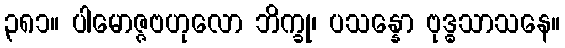
၃၈၁။ ပါမောဇ္ဇဗဟုလော ဘိက္ခု၊ ပသန္နော ဗုဒ္ဓသာသနေ။